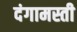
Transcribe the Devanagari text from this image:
दंगामस्ती